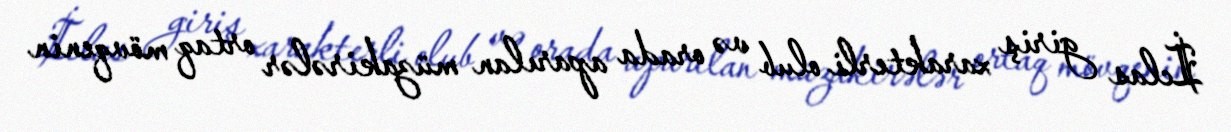
İclas giriş xarakterli olub və orada aparılan müzakirələr ortaq mövqenin